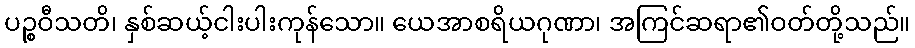
ပဉ္စဝီသတိ၊ နှစ်ဆယ့်ငါးပါးကုန်သော။ ယေအာစရိယဂုဏာ၊ အကြင်ဆရာ၏ဝတ်တို့သည်။